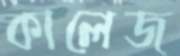
কালেজ